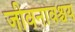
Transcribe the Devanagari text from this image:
जीवनावश्चय